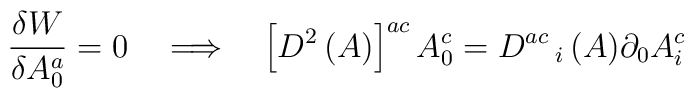
\frac{\delta W}{\delta A^a_0}= 0 \quad \Longrightarrow \quad \left[D^2\, (A)\right]^{ac} A^c_0 = D^{ac}\,_i\, (A) \partial_0 A^c_i